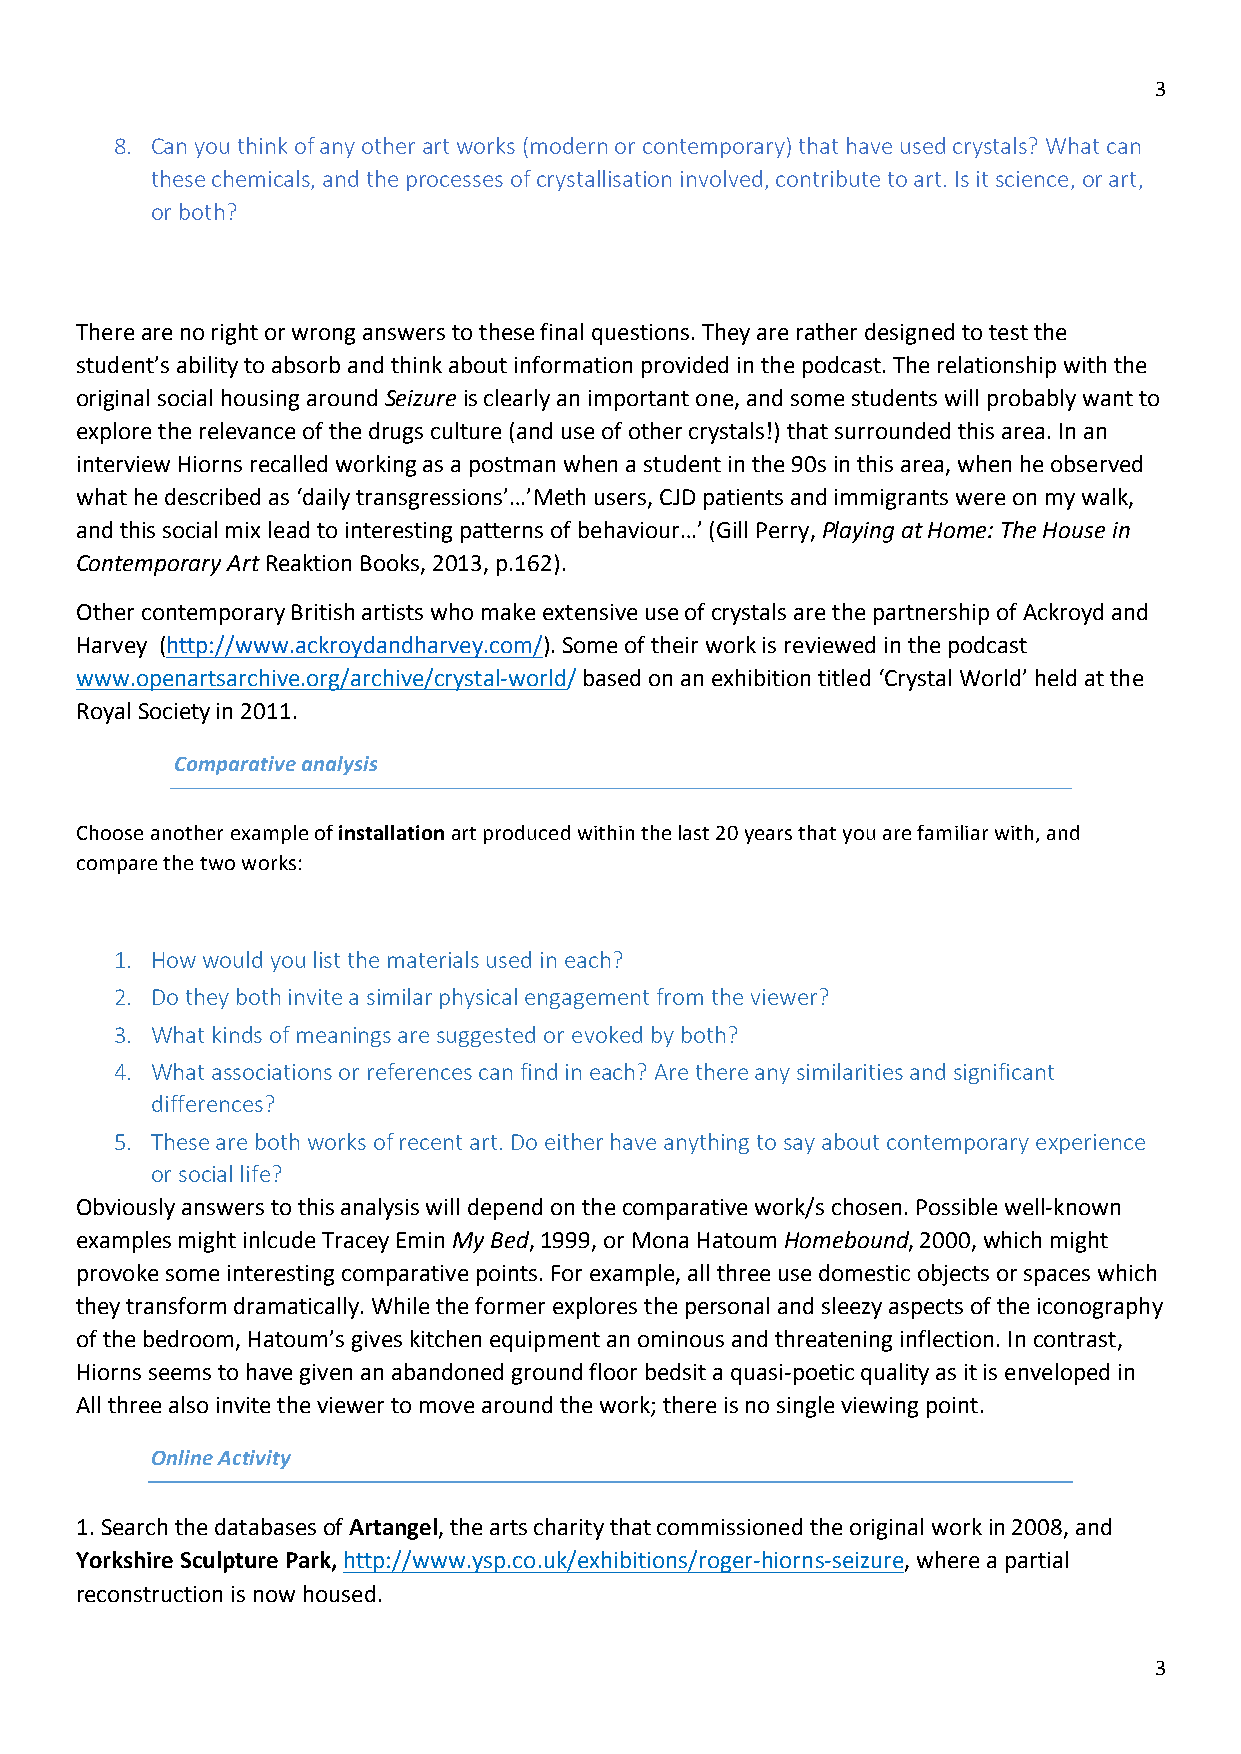
3
 8. Can you think of any other art works (modern or contemporary) that have used crystals? What can
 these chemicals, and the processes of crystallisation involved, contribute to art. Is it science, or art,
 or both?
 There are no right or wrong answers to these final questions. They are rather designed to test the
 student’s ability to absorb and think about information provided in the podcast. The relationship with the
 original social housing around Seizure is clearly an important one, and some students will probably want to
 explore the relevance of the drugs culture (and use of other crystals!) that surrounded this area. In an
 interview Hiorns recalled working as a postman when a student in the 90s in this area, when he observed
 what he described as ‘daily transgressions’…’Meth users, CJD patients and immigrants were on my walk,
 and this social mix lead to interesting patterns of behaviour…’ (Gill Perry, Playing at Home: The House in
 Contemporary Art Reaktion Books, 2013, p.162).
 Other contemporary British artists who make extensive use of crystals are the partnership of Ackroyd and
 Harvey (http://www.ackroydandharvey.com/). Some of their work is reviewed in the podcast
 www.openartsarchive.org/archive/crystal-world/ based on an exhibition titled ‘Crystal World’ held at the
 Royal Society in 2011.
 Comparative analysis
 Choose another example of installation art produced within the last 20 years that you are familiar with, and
 compare the two works:
 1. How would you list the materials used in each?
 2. Do they both invite a similar physical engagement from the viewer?
 3. What kinds of meanings are suggested or evoked by both?
 4. What associations or references can find in each? Are there any similarities and significant
 differences?
 5. These are both works of recent art. Do either have anything to say about contemporary experience
 or social life?
 Obviously answers to this analysis will depend on the comparative work/s chosen. Possible well-known
 examples might inlcude Tracey Emin My Bed, 1999, or Mona Hatoum Homebound, 2000, which might
 provoke some interesting comparative points. For example, all three use domestic objects or spaces which
 they transform dramatically. While the former explores the personal and sleezy aspects of the iconography
 of the bedroom, Hatoum’s gives kitchen equipment an ominous and threatening inflection. In contrast,
 Hiorns seems to have given an abandoned ground floor bedsit a quasi-poetic quality as it is enveloped in
 All three also invite the viewer to move around the work; there is no single viewing point.
 Online Activity
 1. Search the databases of Artangel, the arts charity that commissioned the original work in 2008, and
 Yorkshire Sculpture Park, http://www.ysp.co.uk/exhibitions/roger-hiorns-seizure, where a partial
 reconstruction is now housed.
 3